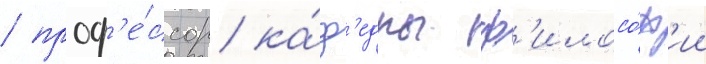
/ проф'е́ссор ка́ф'едры ф'илосо́ф'ии